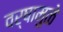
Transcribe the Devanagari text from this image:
वर्षामुळे